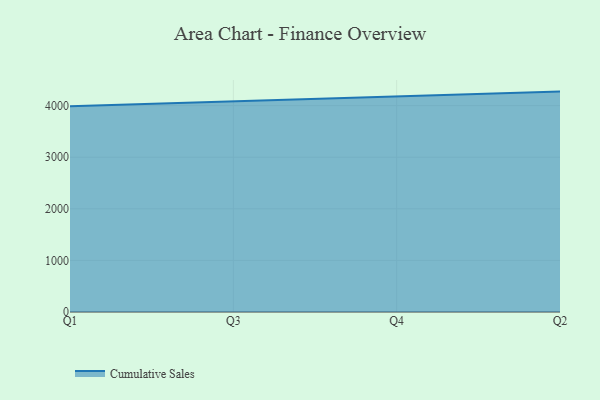
{"axis": {"x": "Quarter", "y": "Latency (ms)"}, "legend": ["Cumulative Sales"], "data": [{"x": "Q1", "y": 3985.9, "type": "Cumulative Sales"}, {"x": "Q3", "y": 4082.7, "type": "Cumulative Sales"}, {"x": "Q4", "y": 4179.9, "type": "Cumulative Sales"}, {"x": "Q2", "y": 4271.7, "type": "Cumulative Sales"}]}